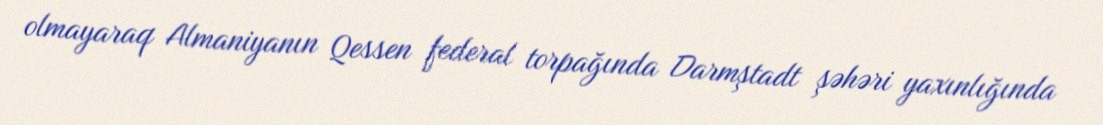
olmayaraq Almaniyanın Qessen federal torpağında Darmştadt şəhəri yaxınlığında